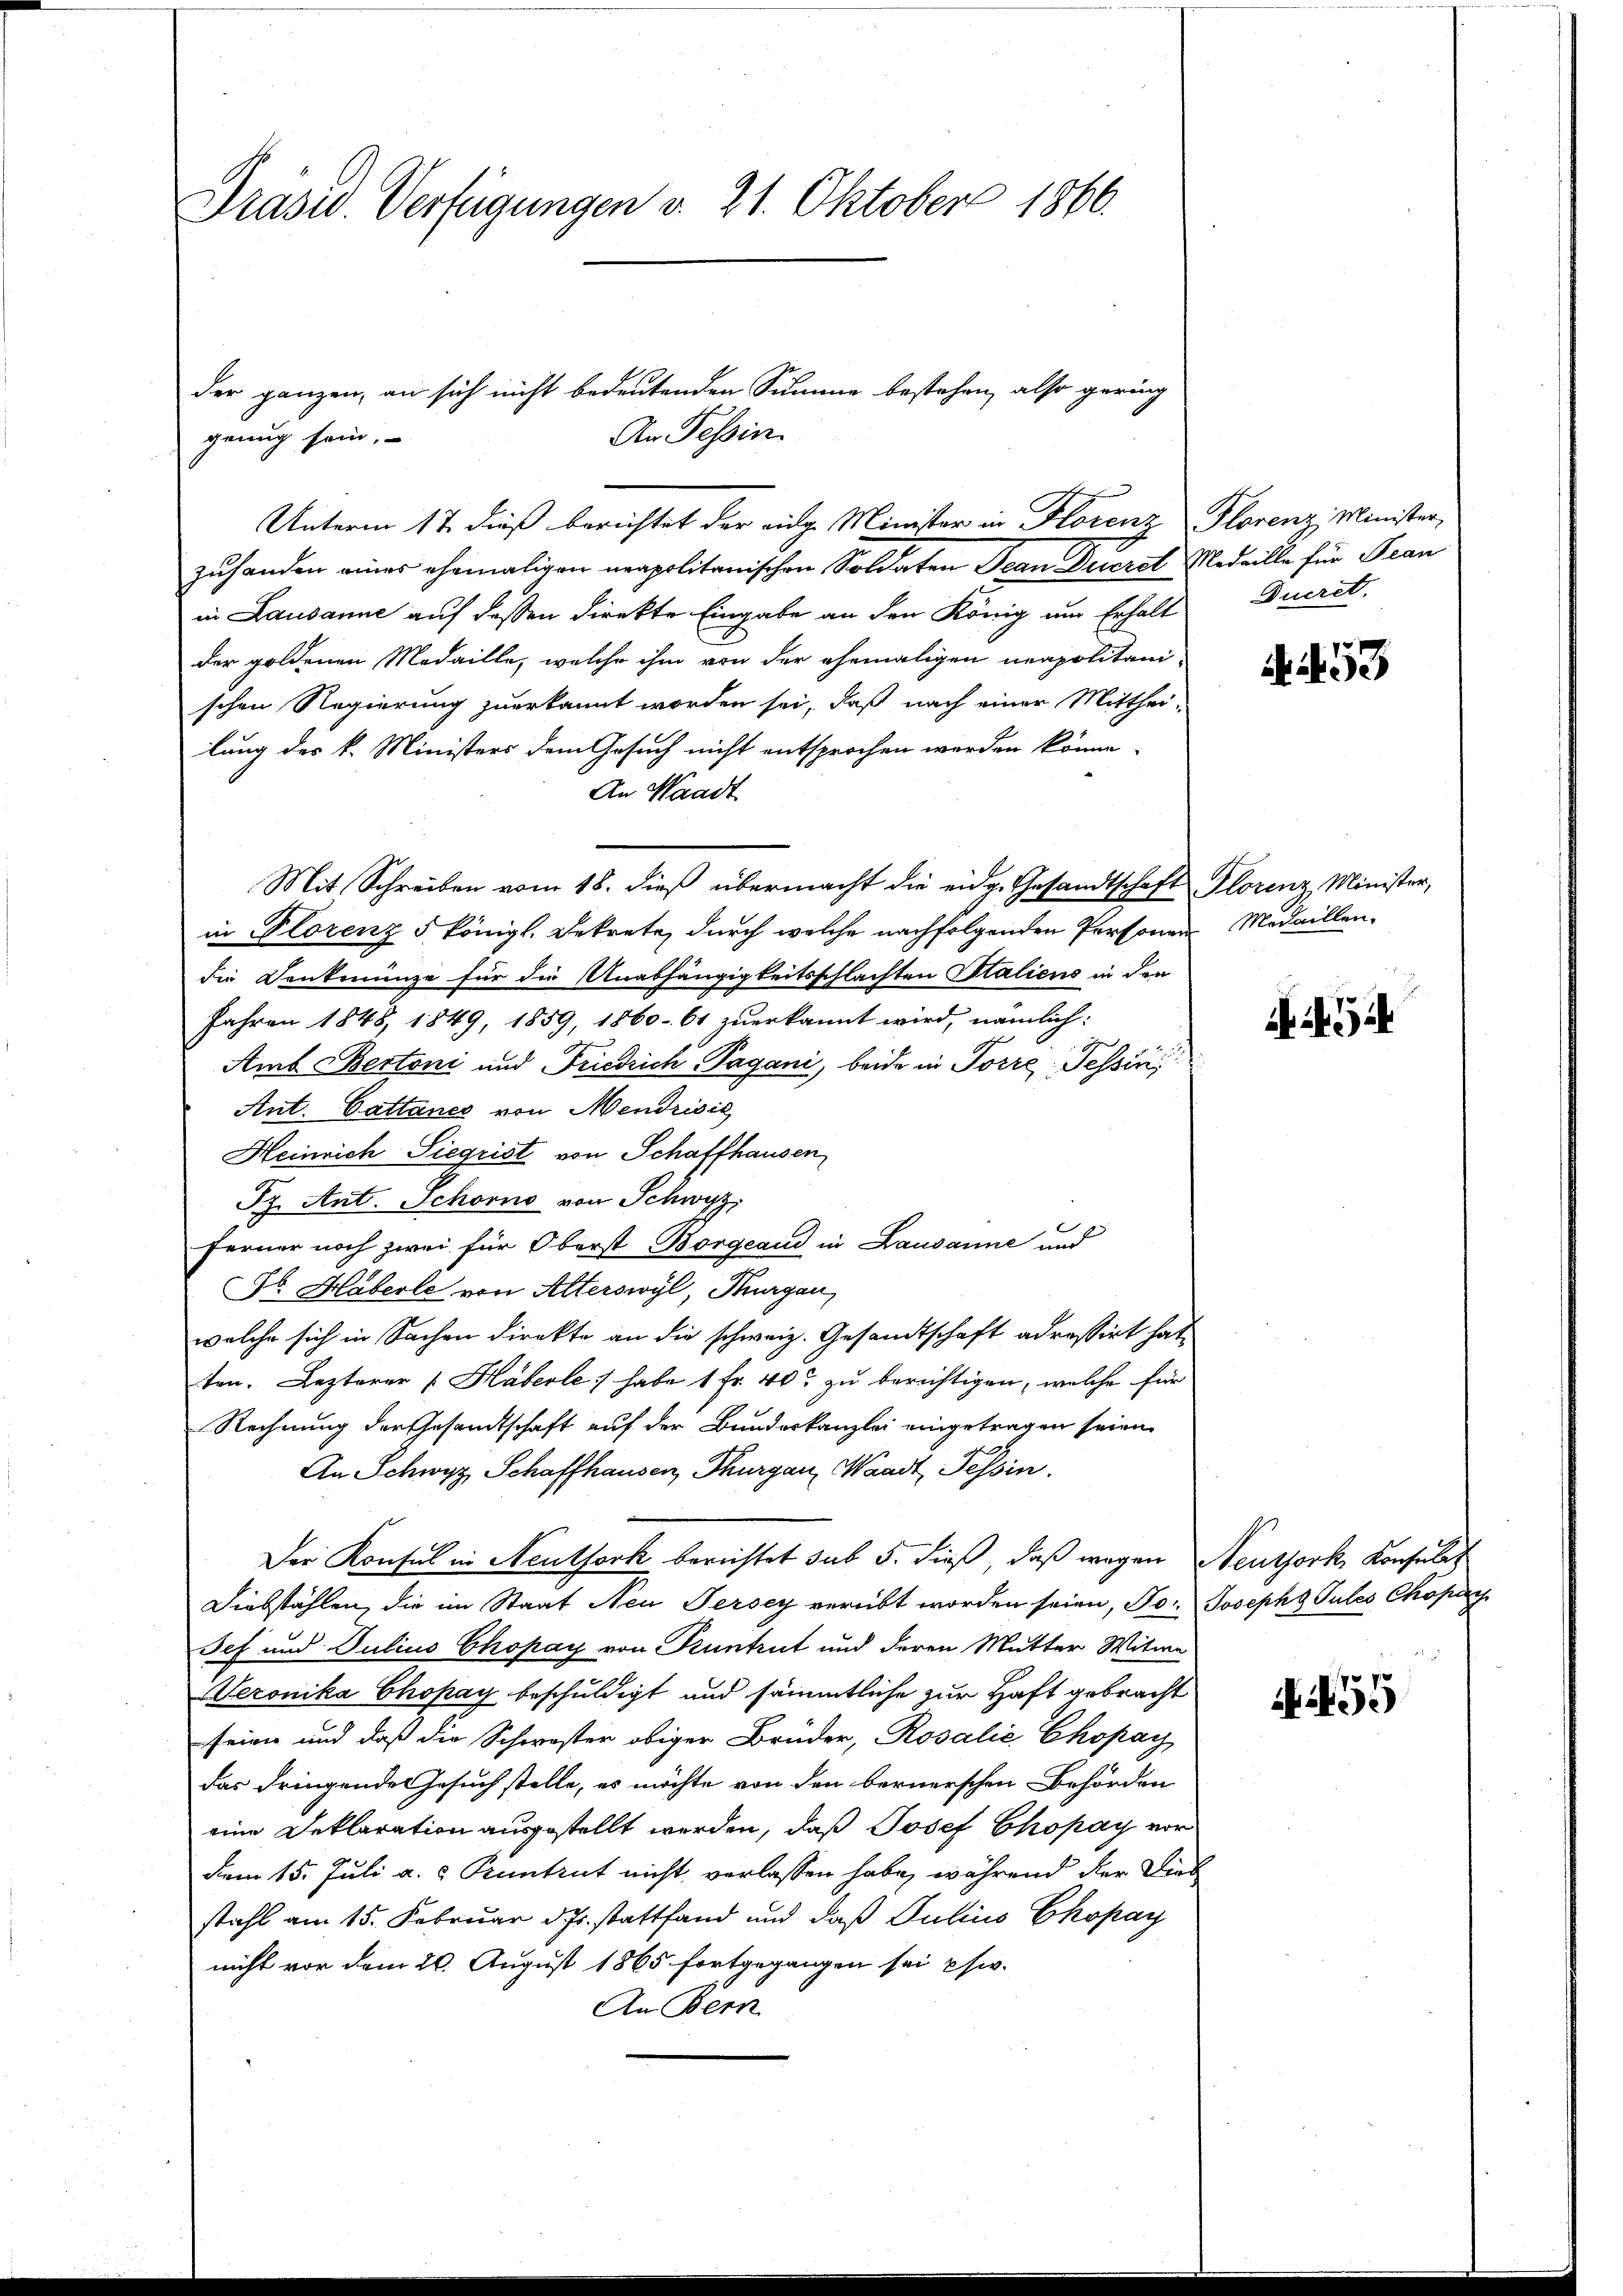
Präsid. Verfügungen d. 21. Oktober 1866.

genug sein,
Unterm 17. dieß berichtet der eige Minister in Florenz Plorenz, Minister,
zuhanden eines ehemaligen neapolitanischen Soldaten Jean Deteral Medaille für Fran
in Lausanne auf dessen direkte Eingabe an den König um Erhalt
der goldenen Medaille, welche ihm von der ehemaligen neapolitani-
schen Regierung zuerkannt worden sei, daß nach einer Mittheilung des k. Ministers dem Gesuch nicht entsprochen werden könne.
An Waadt
Mit Schreiben vom 18. dieß übermacht die eidg. Gesandtschaft Plorenz Minister,
in Florenz 5 königl. Dekrete, durch welche nachfolgenden Personen Medaillendie Denkmünze für die Unabhängigkeitsschlachten Staliens in den
Jahren 1848, 1849, 1859, 1860. 61 zuerkannt wird, nämlich:
Amb Bertoni und Friedrich Pagani, beide in Forre Tessin
Ant. Cattance von Mendrisie
Heinrich Siegrist von Schaffhausen
Py. Ant. Schorno von Schwyz,
Ferner noch zwei für Oberst Borgeaud in Lausanne und
Dr. Haberle von Alterswyl, Thurgau,
welche sich in Sachen direkte an die schweiz. Gesandtschaft adressirt hat,
ten. Lezterer [Häberle) habe 1 Fr. 40 zu berichtigen, welche für
Rechnung der Gesandtschaft auf der Bundeskanzlei eingetragen seien.
An Schwyz Schaffhausen, Thurgau, Waadt, Tessin.
Der Konsul in Neutfork berichtet sub 5. dieß, daß wegen Neuthork, Konsulat
Diebstählen, die im Staat Neu Jersey verübt worden seien, Jo. Joseph Gutes Chopach
Seh und Julius Chopay von Pruntrut und deren Mutter Witwe
Sezonika Chopay beschuldigt und sämmtliche zur Haft gebracht
seien und daß die Schwester obiger Brüder, Rosalić Chopay
das dringende Gesuch stelle, es möchte von den bernerschen Behörden
eine Deklaration ausgestellt werden, daß Josef Chopay vor
dem 15. Juli a.  Kuntrut nicht verlassen habe, während der Dies
stahl am 15. Februar d. Js. stattfand und daß Julius Chopay
nicht vor dem 20. August 1865 fortgegangen sei pfw.
An Bern

der ganzen, an sich nicht bedeutenden Summe bestehen, also gering
An Tessin

Ducret.

53

A 5

55